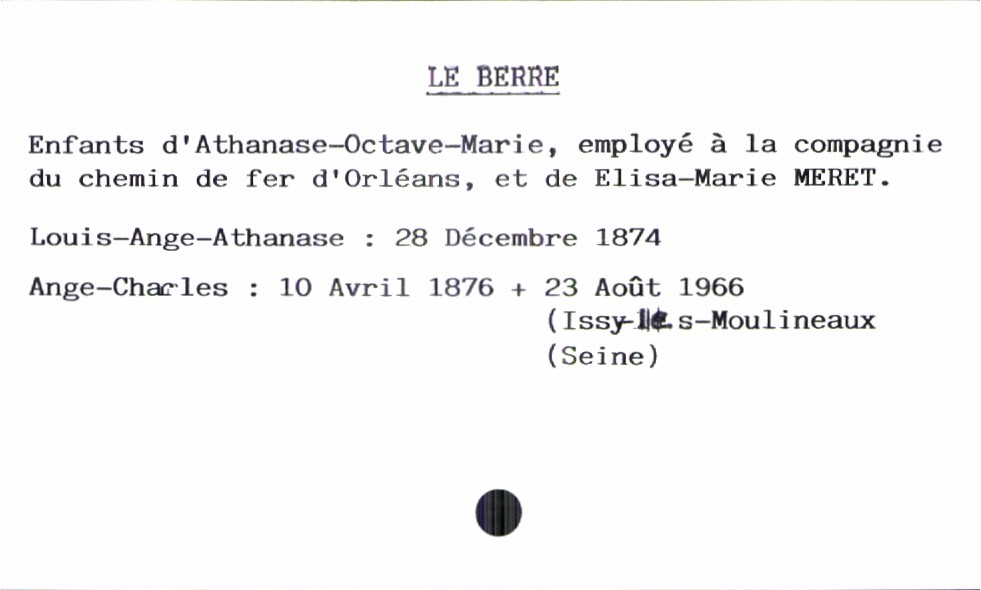
type_acte: Baptême
filiation: fils
enfant_prénom: Ange-Charles
enfant_date_de_naissance: 10 avril 1876
enfant_date_de_décès: 23 août 1966
enfant_lieu_de_décès: Issy-les-Moulineaux (Seine)
père_enfant_nom: Le Berre
père_enfant_prénom: Athanase-Octave-Marie
père_enfant_profession: employé à la compagnie du chemin de fer d'Orléans
mère_enfant_nom: Meret
mère_enfant_prénom: Elisa-Marie